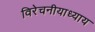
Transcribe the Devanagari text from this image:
विरेचनीयाध्याय